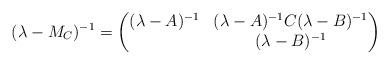
LaTeX: \begin{align*}(\lambda - M_C)^{-1} = \begin{pmatrix} (\lambda-A)^{-1} & (\lambda-A)^{-1} C (\lambda-B)^{-1} \\& (\lambda-B)^{-1}\end{pmatrix}\end{align*}